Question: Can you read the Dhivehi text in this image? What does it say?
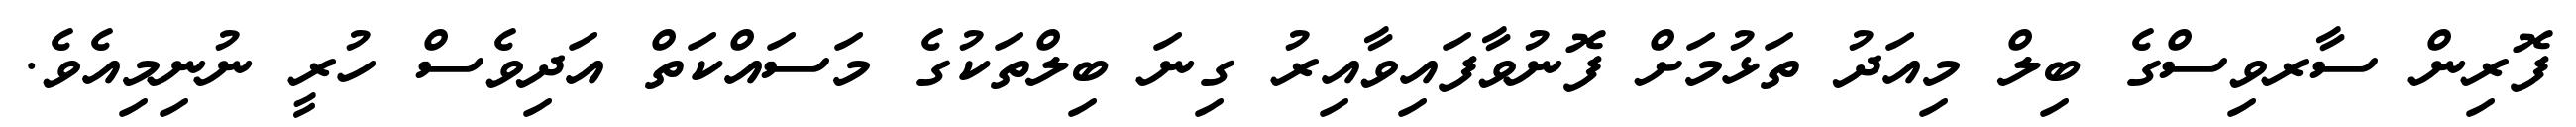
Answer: ފޮރިން ސާރވިސްގެ ބިލް މިއަދު ތަޅުމަށް ފޮނުވާފައިވާއިރު ގިނަ ބިލްތަކުގެ މަސައްކަތް އަދިވެސް ހުރީ ނުނިމިއެވެ.